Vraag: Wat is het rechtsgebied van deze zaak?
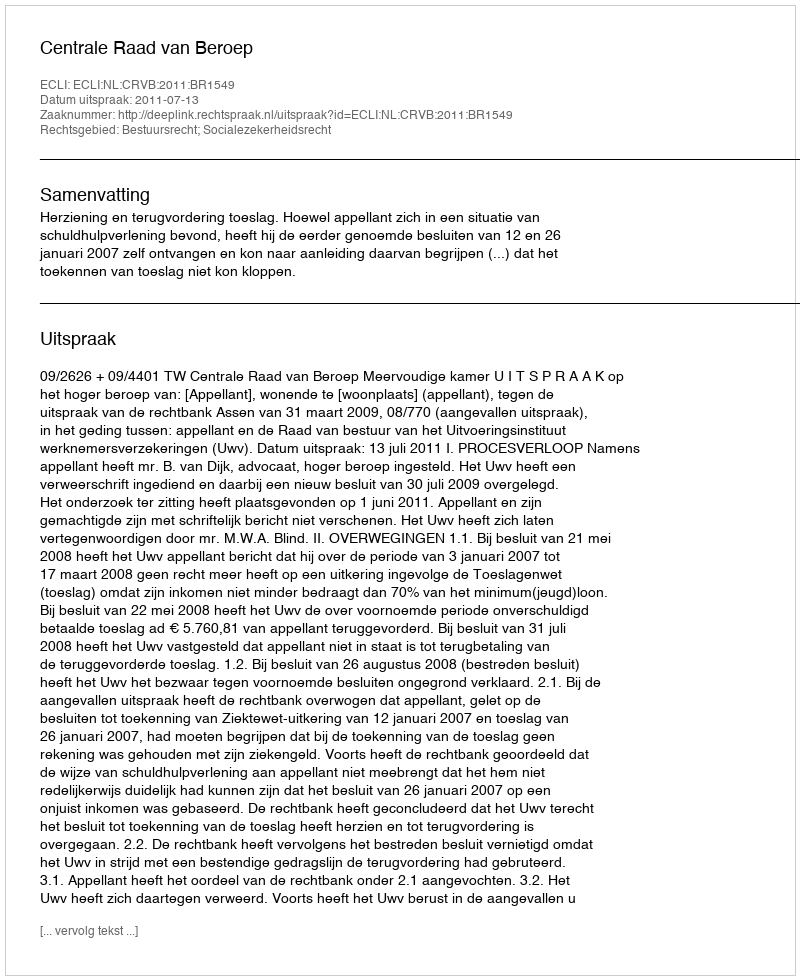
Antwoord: Bestuursrecht; Socialezekerheidsrecht